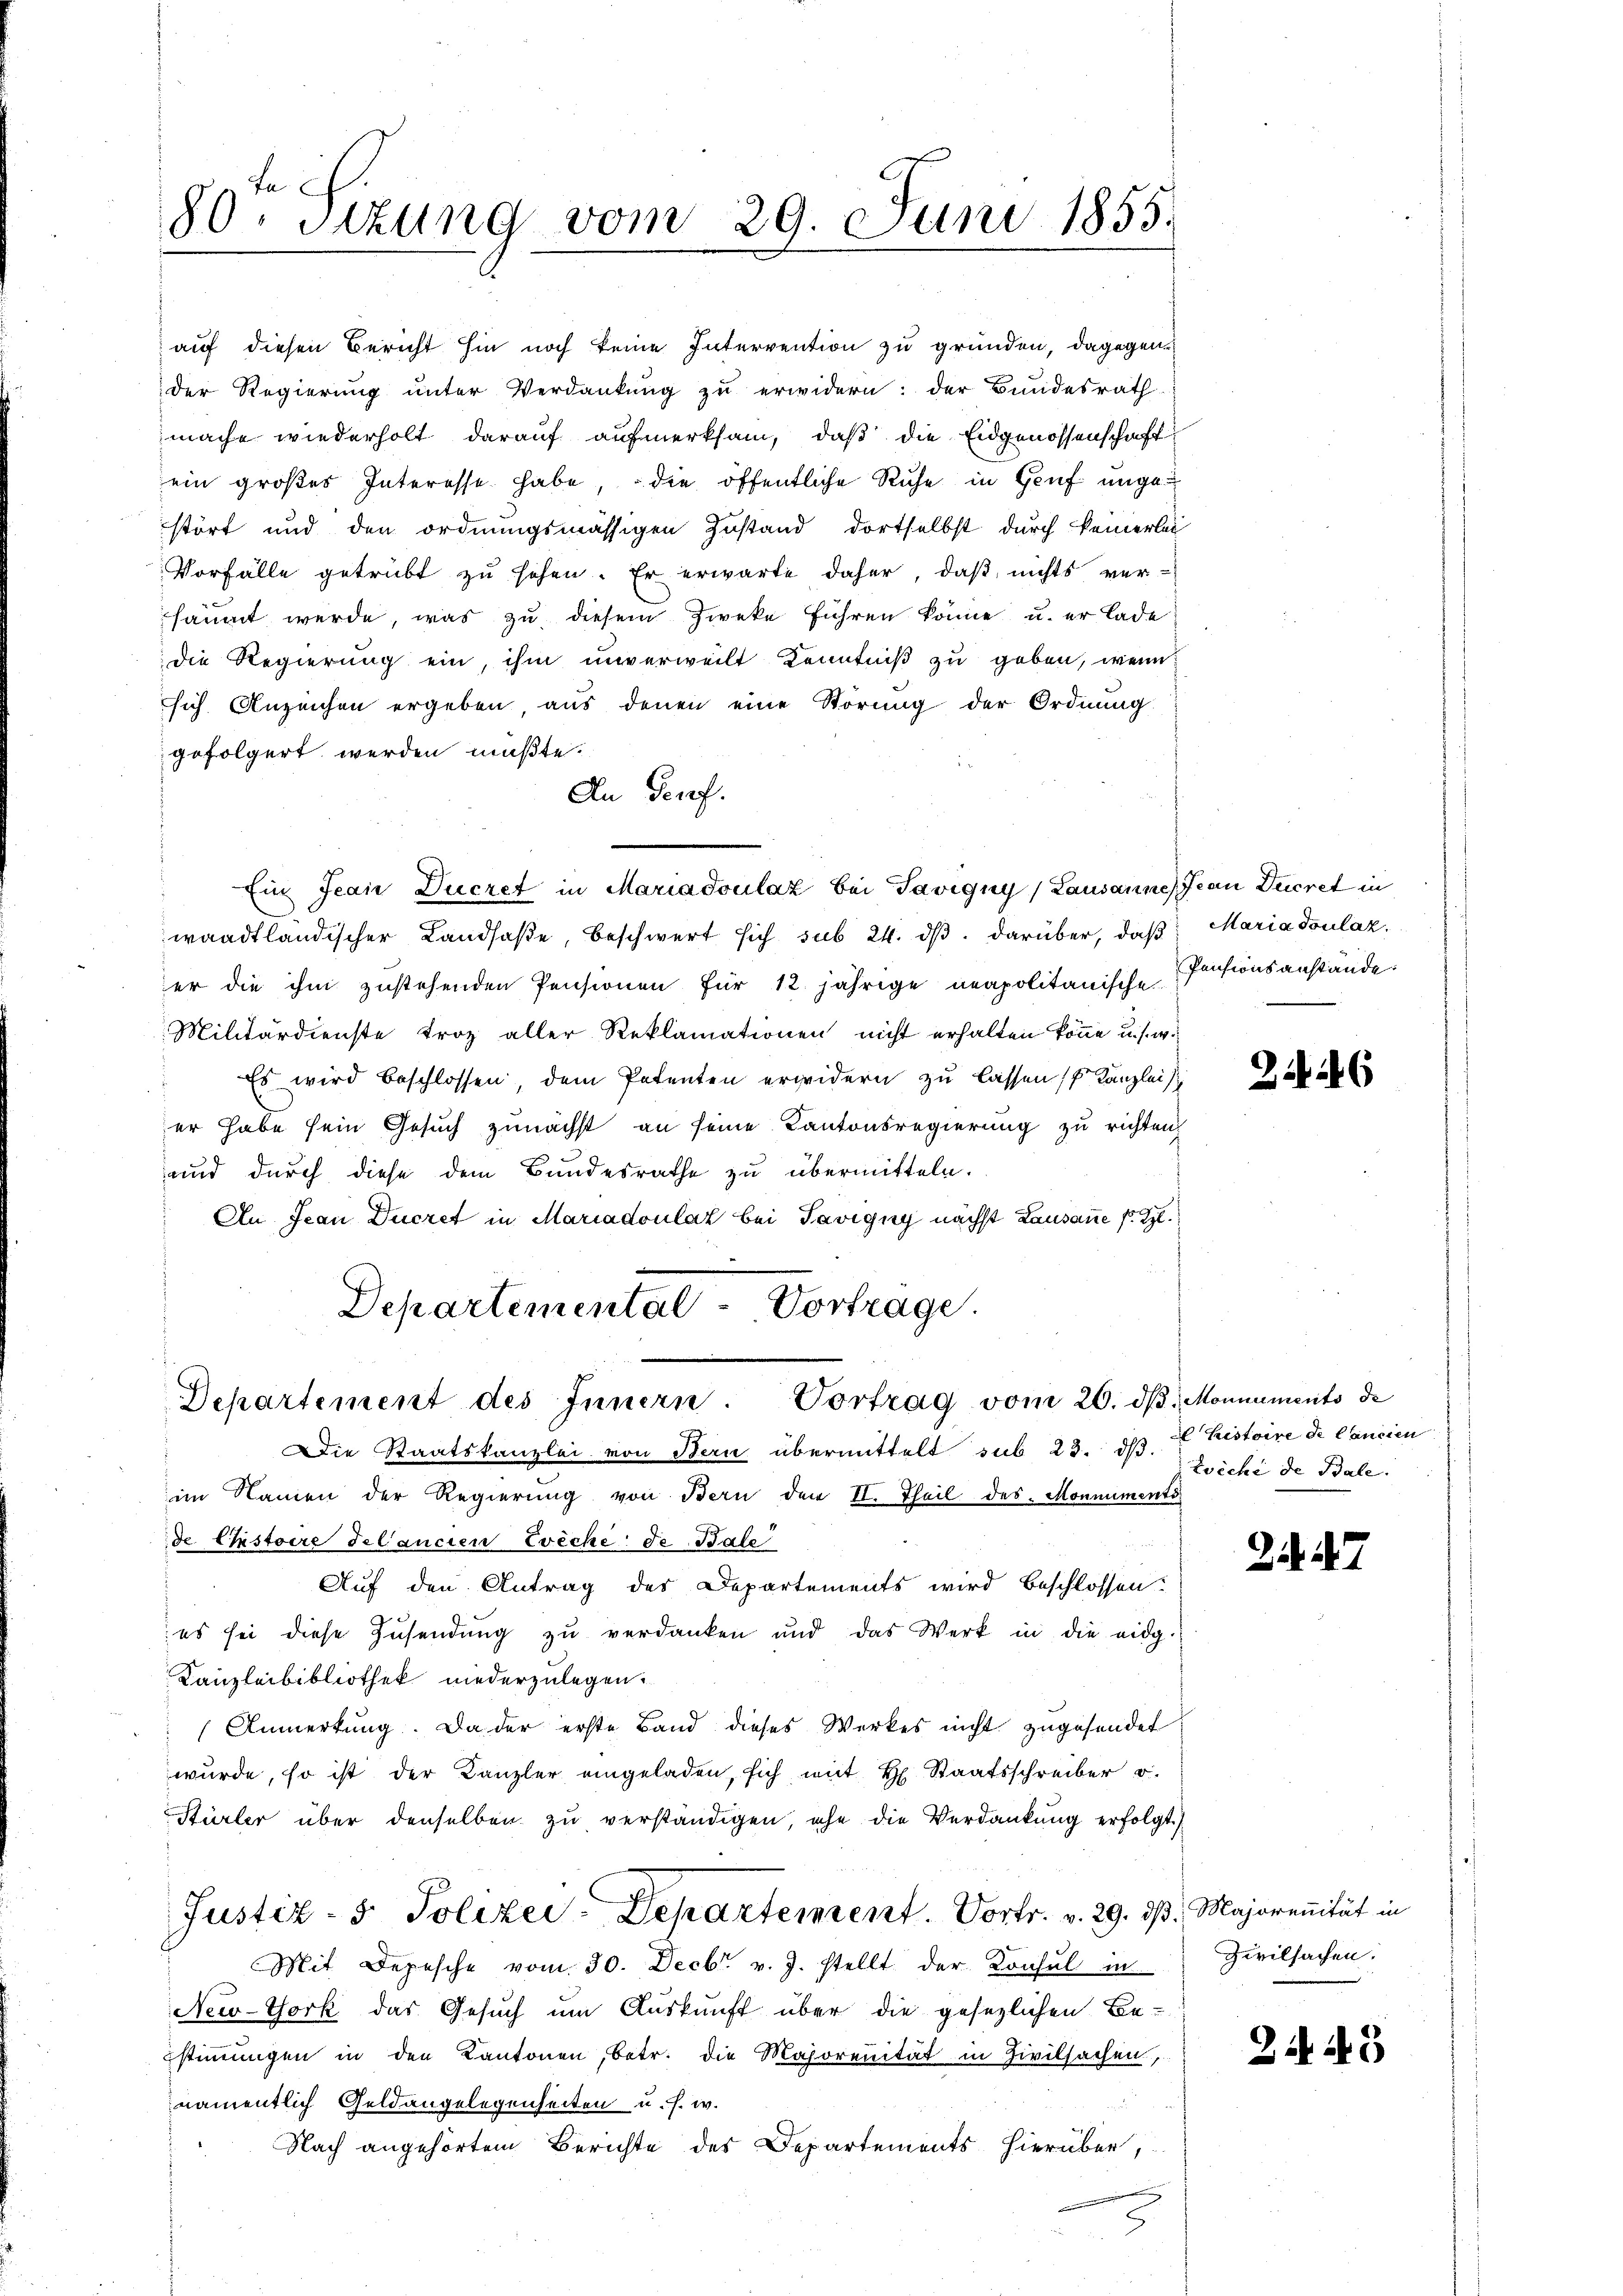
80. Sitzung vom 29. Juni 1855.

auf diesen Bericht hin noch keine Intervention zu gründen, dagegen¬
Der Regierung unter Verdankung zu erwidern: der Bundesrath
mache wiederholt darauf aufmerksam, daß die Eidgenossenschaft
ein großes Interesse habe, die öffentliche Ruhe in Genf unge
stört und den ordnungsmässigen Zustand dortselbst durch keinerlei
Vorfälle getrübt zu sehen. Er erwarte daher, daß nichts ver-
säumt werde, was zu diesem Zweke führen könne u. er lade
die Regierung ein, ihm unverweilt Kenntniß zu geben, wenn
sich Anzeichen ergeben, aus denen eine Störung der Ordnung
gefolgert werden müßte.
An Genf.
Ein Jean Decret in Mariadoulat bei Tavigny, Lausanne) Jean Decret in
waadtländischer Landsaße, beschwert sich sub 24. dβ. darüber, daß Maria doulaz,
er die ihm zustehenden Pensionen für 12 jährige neapolitanische Pensionsanstände:
Militärdienste troz aller Reklamationen nicht erhalten könne u. s. wi
Es wird beschlossen, dem Petenten erwidern zu lassen Kanzleisch
er habe sein Gesuch zunächst an seine Kantonsregierung zu richten,
und durch diese dem Bundesrathe zu übermitteln.
An Jean Ducret in Mariadoulat bei Tavigny nächst Lausanne P. R.
Departemental-Vortrage.

Departement des Innern. Vortrag vom 20. dβ. Monnaments de

Die Staatskanzlei von Bern übermittelt sub 23. ds. 2 Kistoire de Cancien
im Namen der Regierung von Bern den II. Theil des Monnuments
de Pistoire delancien Zwecke de Bale
Auf den Antrag des Departements wird beschlossen:
es sei diese Zusendung zu verdanken und das Werk in die eidg.
Kanzleibibliothek niederzulegen.
(Anmerkung. Da der erste Band dieses Werkes nicht zugesendet
wurde, so ist der Kanzler eingeladen, sich mit H. Staatsschreiber o
Stürler über denselben zŭ verständigen, ehe die Verdankŭng erfolgt.)
Justiz- & Polizei-Departement. Vortr. v. 29. ds. Majorenität in
Mit Depesche vom 30. Decbr. v. J. stellt der Konsul in
New-York das Gesuch um Auskunft über die gesezlichen Be-
stiṁŭngen in den Kantonen, betr. die Majorenität in Zivilsachen,
namentlich Geldangelegenheiten u. s. w.
Nach angehörtem Berichte des Departements hierüber,

226

Zichi de Bale.

2. 2

Zivilsachen.

21. 243